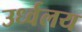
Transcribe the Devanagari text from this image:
उर्ध्वलय